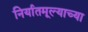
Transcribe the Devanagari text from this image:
निर्यातमूल्याच्या